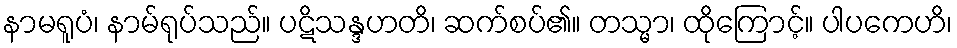
နာမရူပံ၊ နာမ်ရုပ်သည်။ ပဋိသန္ဒဟတိ၊ ဆက်စပ်၏။ တသ္မာ၊ ထိုကြောင့်။ ပါပကေဟိ၊